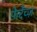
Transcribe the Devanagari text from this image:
फेरेंच्ज़